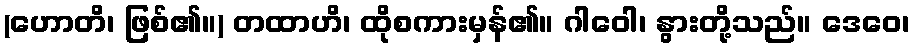
(ဟောတိ၊ ဖြစ်၏။) တထာဟိ၊ ထိုစကားမှန်၏။ ဂါဝေါ၊ နွားတို့သည်။ ဒေဝေ၊